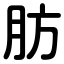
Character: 肪